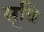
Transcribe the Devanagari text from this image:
सूत्रि